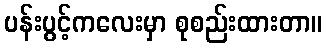
ပန်းပွင့်ကလေးမှာ စုစည်းထားတာ။